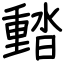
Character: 濌